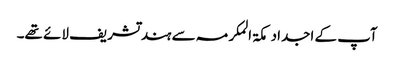
آپ کے اجداد مکۃ المکرمہ سے ہند تشریف لائے تھے۔